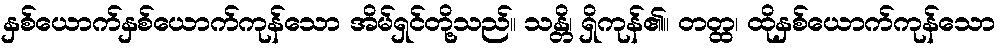
နှစ်ယောက်နှစ်ယောက်ကုန်သော အိမ်ရှင်တို့သည်။ သန္တိ၊ ရှိကုန်၏။ တတ္ထ၊ ထိုနှစ်ယောက်ကုန်သော